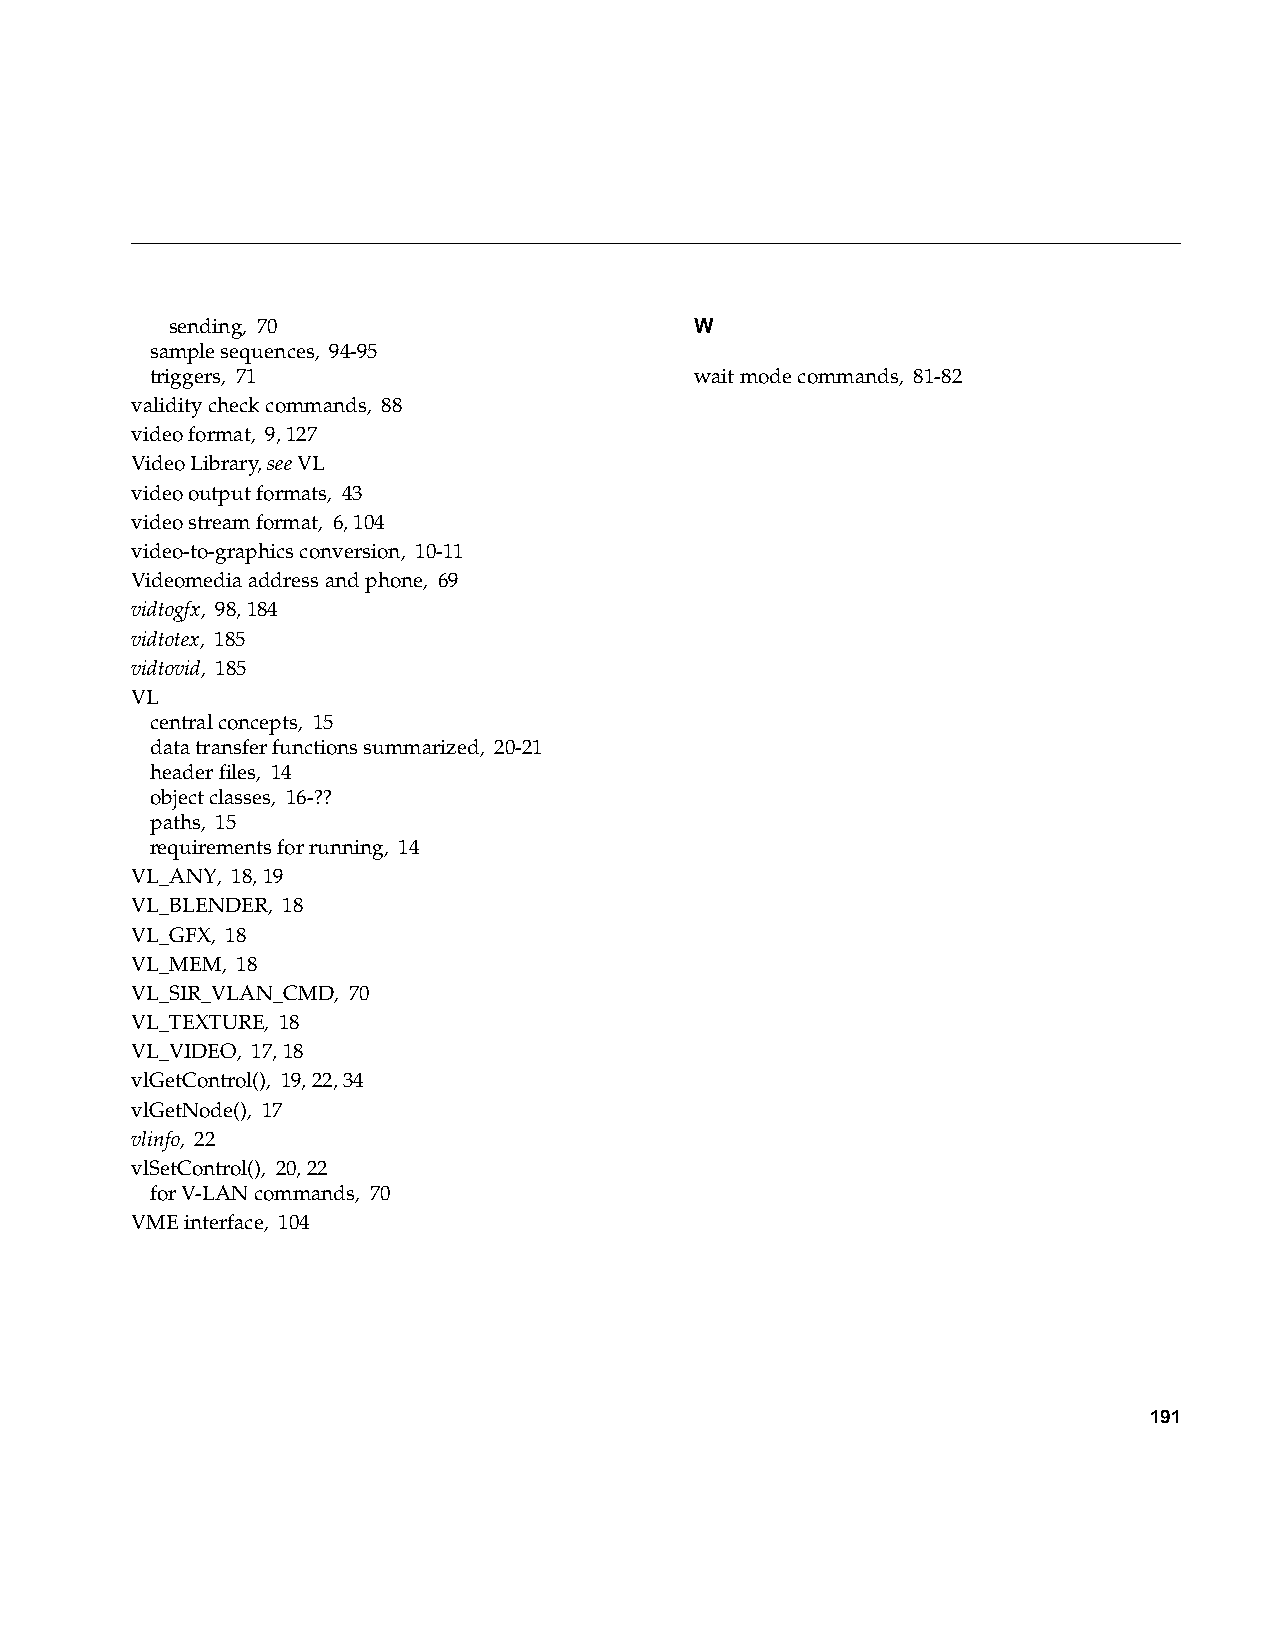
sending, 70                        W
 sample sequences, 94-95
 triggers, 71                        wait mode commands, 81-82
 validity check commands, 88
 video format, 9, 127
 Video Library,see VL
 video output formats, 43
 video stream format, 6, 104
 video-to-graphics conversion, 10-11
 Videomedia address and phone, 69
 vidtogfx, 98, 184
 vidtotex, 185
 vidtovid, 185
 VL
 central concepts, 15
 data transfer functions summarized, 20-21
 header files, 14
 object classes, 16-??
 paths, 15
 requirements for running, 14
 VL_ANY, 18, 19
 VL_BLENDER, 18
 VL_GFX, 18
 VL_MEM, 18
 VL_SIR_VLAN_CMD, 70
 VL_TEXTURE, 18
 VL_VIDEO, 17, 18
 vlGetControl(), 19, 22, 34
 vlGetNode(), 17
 vlinfo, 22
 vlSetControl(), 20, 22
 for V-LAN commands, 70
 VME interface, 104
 191